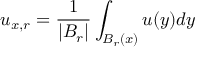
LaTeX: u _ { x , r } = { \frac { 1 } { | B _ { r } | } } \int _ { B _ { r } ( x ) } u ( y ) d y